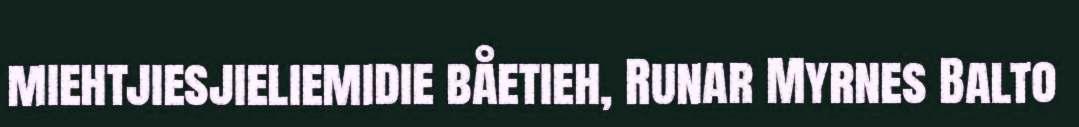
miehtjiesjieliemidie båetieh, Runar Myrnes Balto